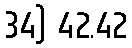
34) 42.42